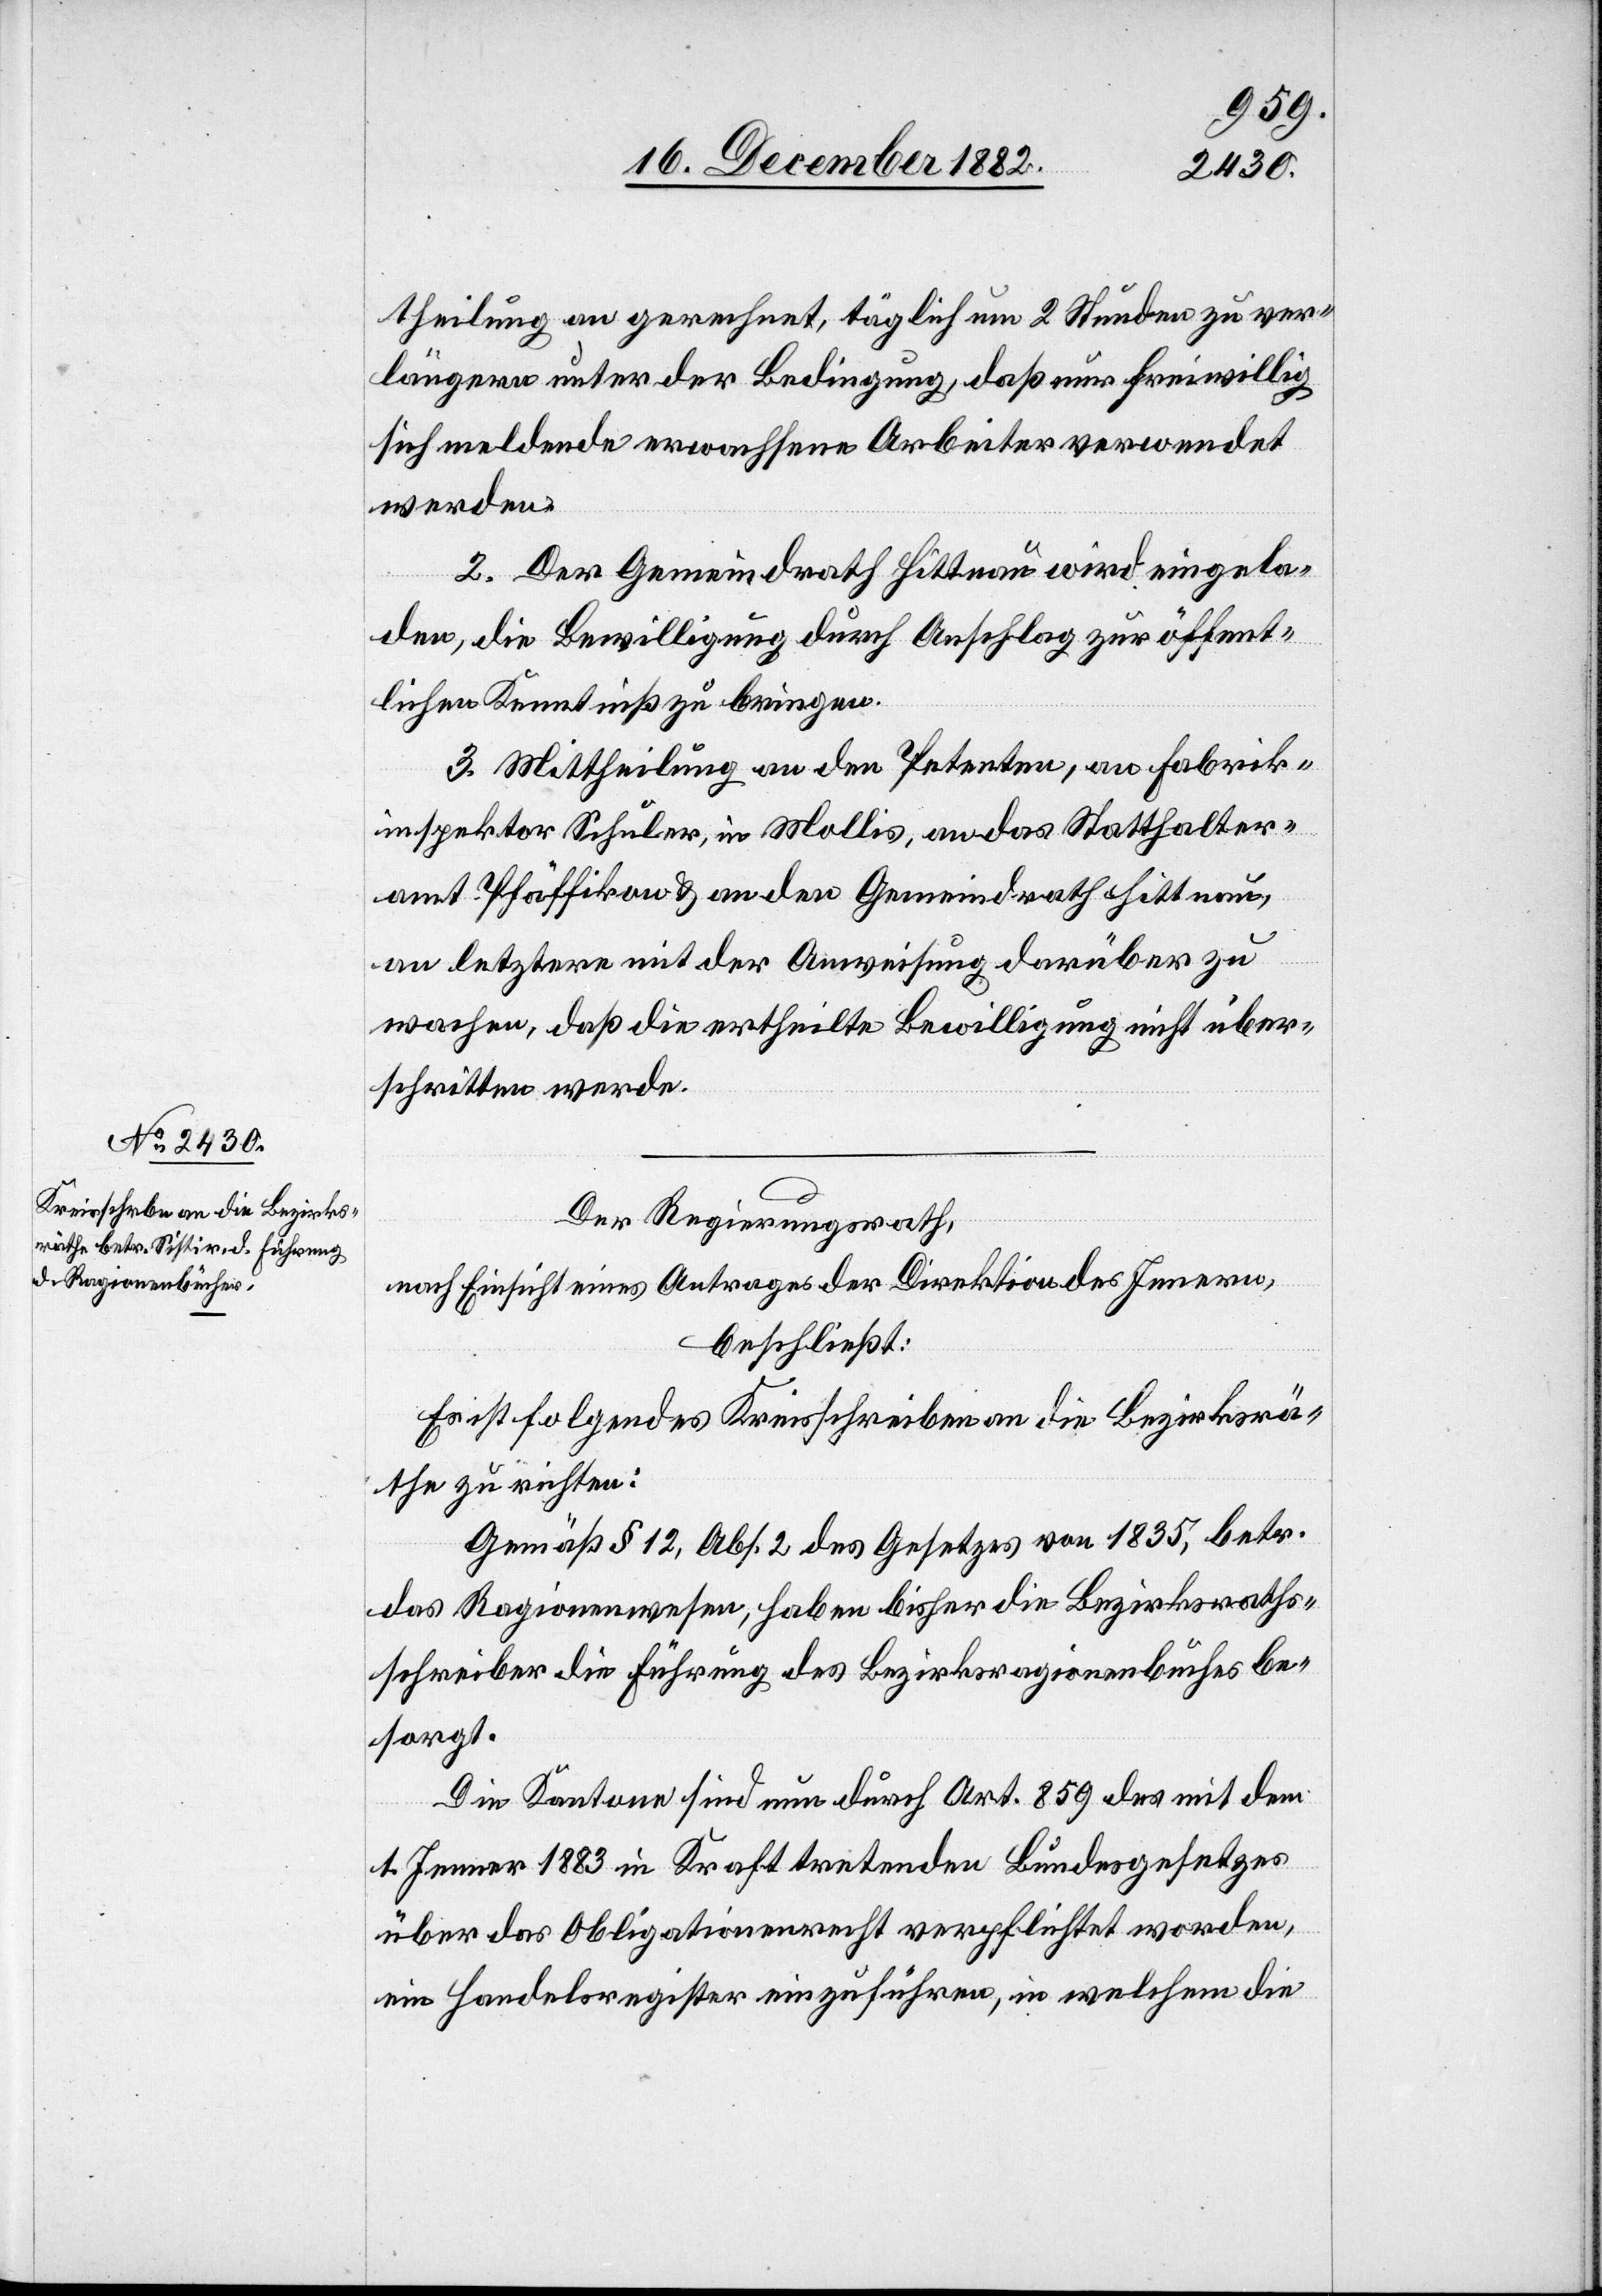
18. December 1882.]
theilung an gerechnet, täglich um 2 Stunden zu ver¬
längern unter der Bedingung, daß nur freiwillig
sich meldende erwachsene Arbeiter verwendet
werden.
2. Der Gemeindrath Hittnau wird eingela¬
den, die Bewilligung durch Anschlag zur öffent¬
lichen Kenntniß zu bringen.
3. Mittheilung an den Petenten, an Fabrik¬
inspektor Schuler, in Mollis, an das Statthalter¬
amt Pfäffikon & an den Gemeindrath Hittnau,
an letztere mit der Anweisung darüber zu
wachen, daß die ertheilte Bewilligung nicht über¬
schritten werde.
Der Regierungsrath,
nach Einsicht eines Antrages der Direktion des Innern,
beschließt:
Es ist folgendes Kreisschreiben an die Bezirksrä¬
the zu richten:
Gemäß § 12, Abs. 2 des Gesetzes von 1835, betr.
das Ragionenwesen, haben bisher die Bezirksraths¬
schreiber die Führung des Bezirksragionenbuches be¬
sorgt.
Die Kantone sind nun durch Art. 859 des mit dem
1. Jenner 1883 in Kraft tretenden Bundesgesetzes
über das Obligationenrecht verpflichtet worden,
ein Handelsregister einzuführen, in welchem die